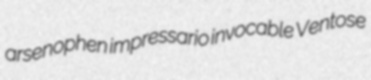
arsenophen impressario invocable Ventose